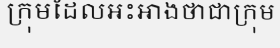
ក្រុមដែលអះអាងថាជាក្រុម